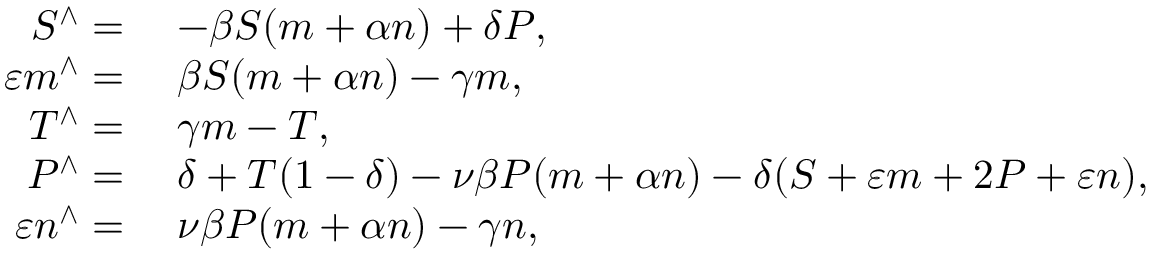
\begin{array} { r l } { S ^ { \wedge } = } & { \; - \beta S ( m + \alpha n ) + \delta P , } \\ { \varepsilon m ^ { \wedge } = } & { \; \beta S ( m + \alpha n ) - \gamma m , } \\ { T ^ { \wedge } = } & { \; \gamma m - T , } \\ { P ^ { \wedge } = } & { \; \delta + T ( 1 - \delta ) - \nu \beta P ( m + \alpha n ) - \delta ( S + \varepsilon m + 2 P + \varepsilon n ) , } \\ { \varepsilon n ^ { \wedge } = } & { \; \nu \beta P ( m + \alpha n ) - \gamma n , } \end{array}